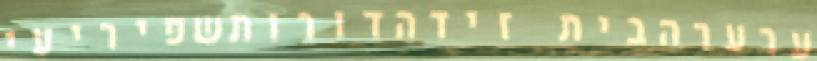
ערערהבית זידהדורותשפיריעי